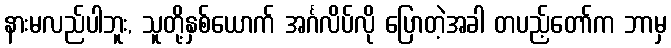
နားမလည်ပါဘူး, သူတို့နှစ်ယောက် အင်္ဂလိပ်လို ပြောတဲ့အခါ တပည့်တော်က ဘာမှ